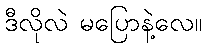
ဒီလိုလဲ မပြောနဲ့လေ။